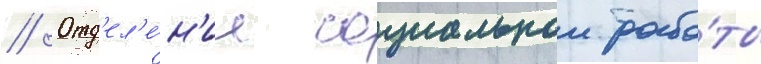
// Отд'ел'е́н'ие социальнои рабо́ты